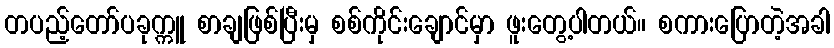
တပည့်တော်ပခုက္ကူ စာချဖြစ်ပြီးမှ စစ်ကိုင်းချောင်မှာ ဖူးတွေ့ပါတယ်။ စကားပြောတဲ့အခါ